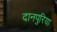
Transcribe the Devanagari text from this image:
दानपुरिया